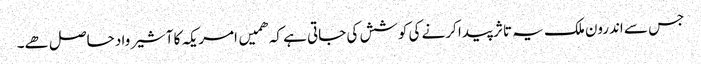
جس سے اندرون ملک یہ تاثر پیدا کرنے کی کوشش کی جاتی ہے کہ ھمیں امریکہ کا آشیرواد حاصل ھے۔